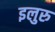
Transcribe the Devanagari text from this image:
इलुरु